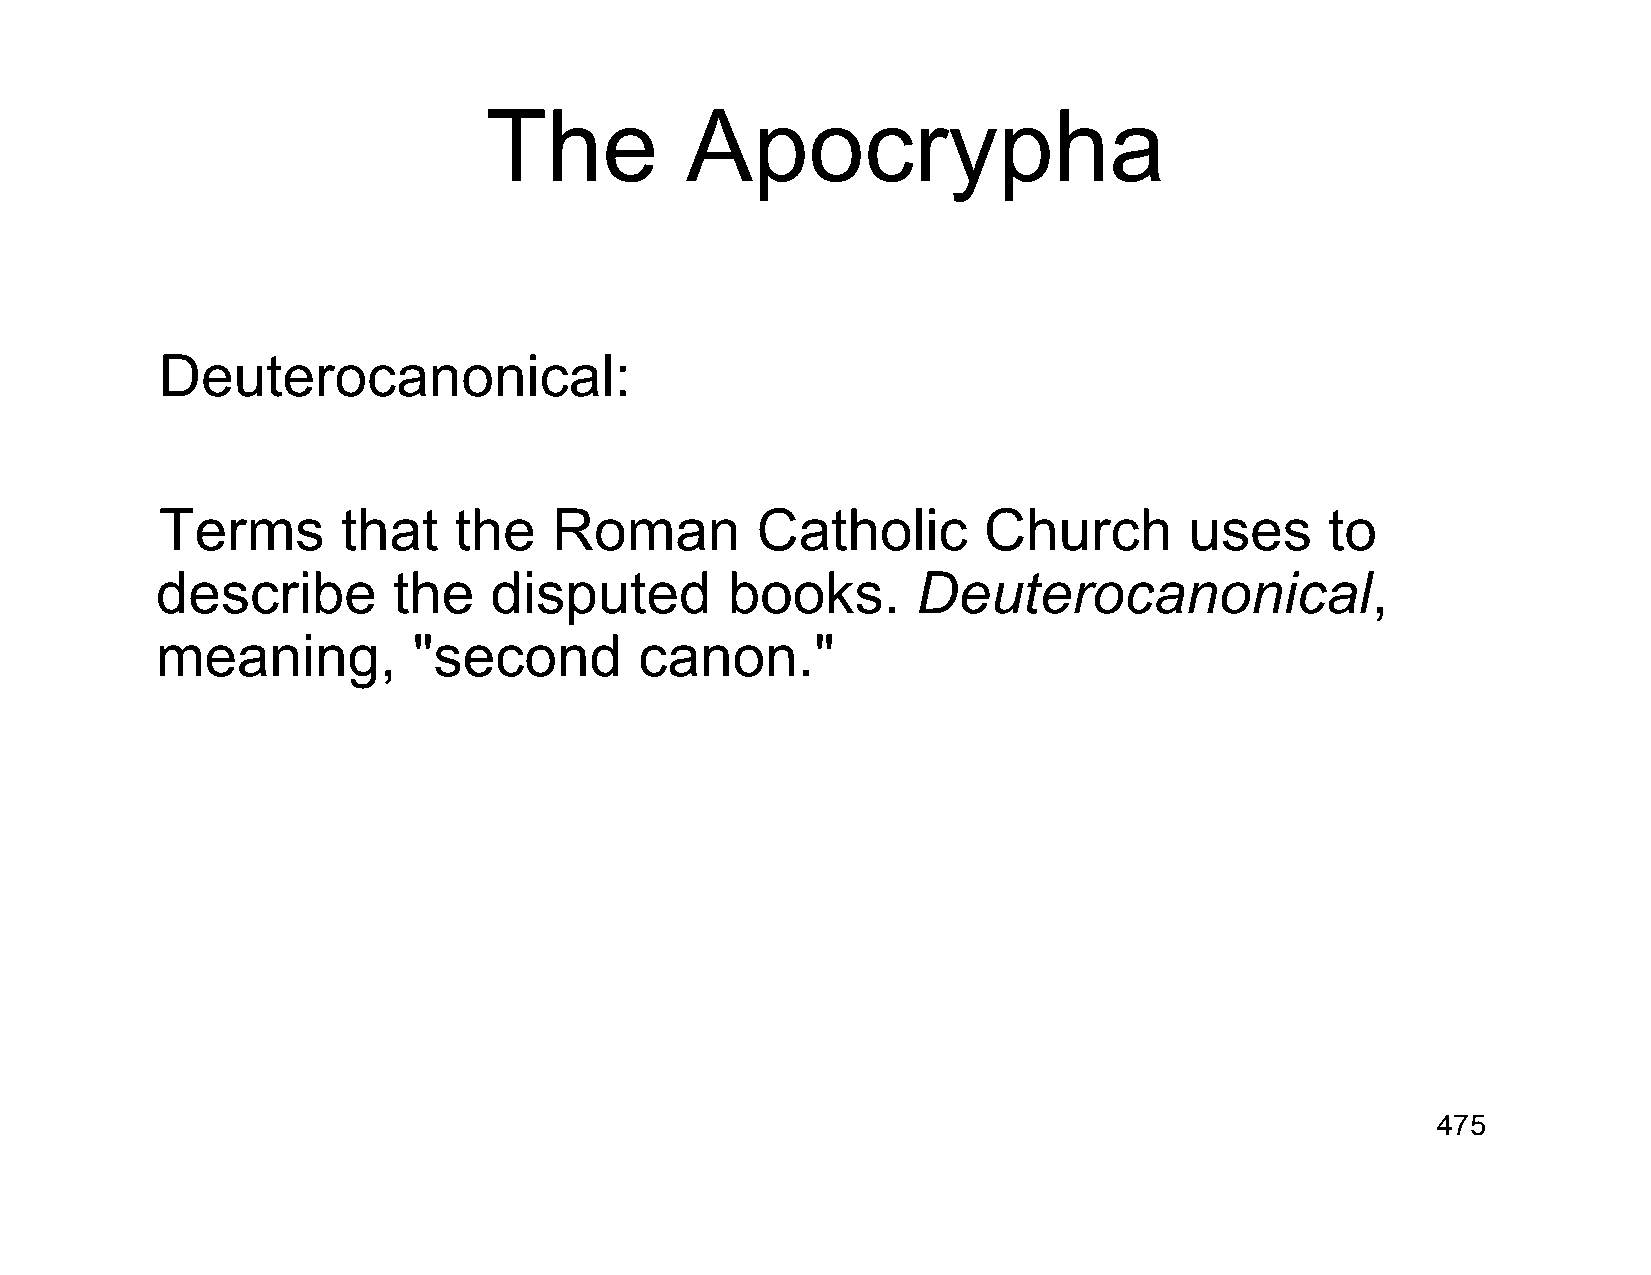
The          Apocrypha
 Deuterocanonical:
 Terms       that   the    Roman        Catholic       Church        uses     to
 describe        the   disputed        books.       Deuterocanonical,
 meaning,         "second        canon."
 475